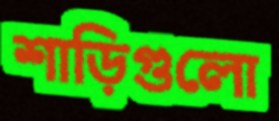
শাড়িগুলো